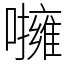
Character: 𡃵